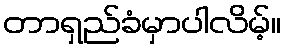
တာရှည်ခံမှာပါလိမ့်။